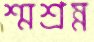
শ্মশ্রম্ন